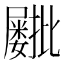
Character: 𫵫